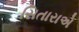
સિતારાએ